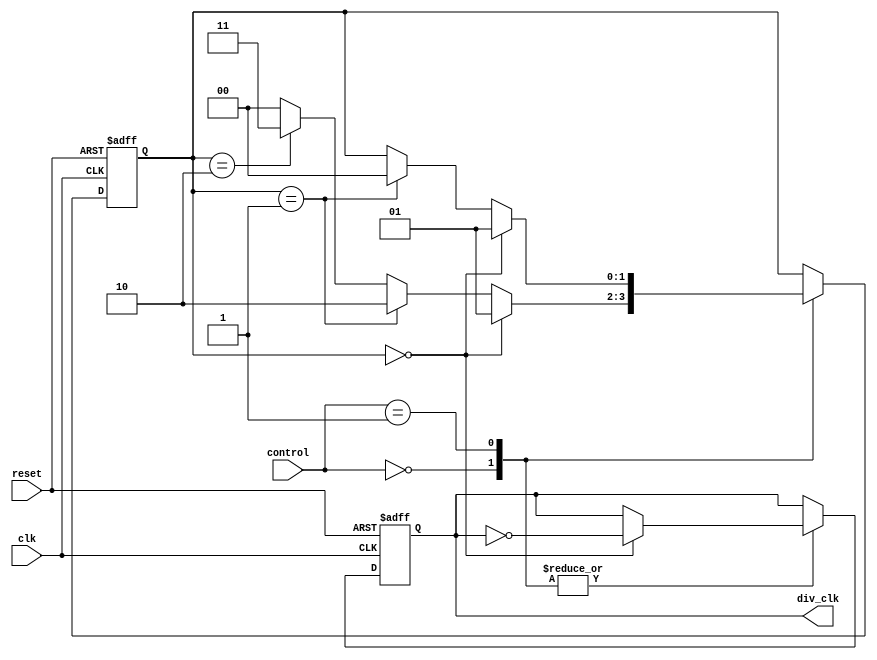
module dual_modulus_clock_divider (
    input wire clk,
    input wire reset,
    input wire [1:0] control,
    output wire div_clk
);

reg [1:0] count;
reg div_clk_reg;

always @(posedge clk or posedge reset) begin
    if(reset) begin
        count <= 2'b00;
        div_clk_reg <= 1'b0;
    end else begin
        case(control)
            2'b00: begin // Modulus value 1
                if(count == 2'b00) begin
                    count <= 2'b01;
                    div_clk_reg <= ~div_clk_reg;
                end else if(count == 2'b01) begin
                    count <= 2'b10;
                end else if(count == 2'b10) begin
                    count <= 2'b11;
                end else begin
                    count <= 2'b00;
                end
            end
            
            2'b01: begin // Modulus value 2
                if(count == 2'b00) begin
                    count <= 2'b01;
                    div_clk_reg <= ~div_clk_reg;
                end else if(count == 2'b01) begin
                    count <= 2'b00;
                end
            end
        endcase
    end
end

assign div_clk = div_clk_reg;

endmodule